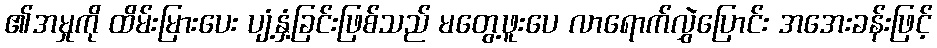
၏အမှုကို ထိမ်းမြားပေး ပျံ့နှံ့ခြင်းဖြစ်သည် မတွေ့ဖူးပေ လာရောက်လွှဲပြောင်း အအေးခန်းဖြင့်